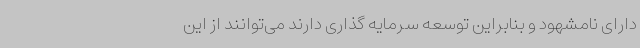
دارای نامشهود و بنابراین توسعه سرمایه گذاری دارند می‌توانند از این